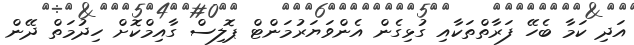
އަދި ކަމާ ބެހޭ ފަރާތްތަކާއި ގުޅިގެން އެންވަޔަރުމަންޓް ޕޮލިސް ގާއިމްކޮށް ހިދުމަތް ދޭން